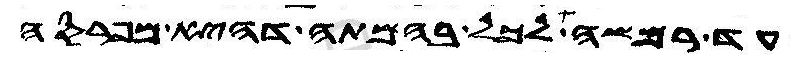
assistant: עד רמשה לכל בהמתה דהיא מפרסה